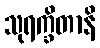
သုရက္ခိတာနိ